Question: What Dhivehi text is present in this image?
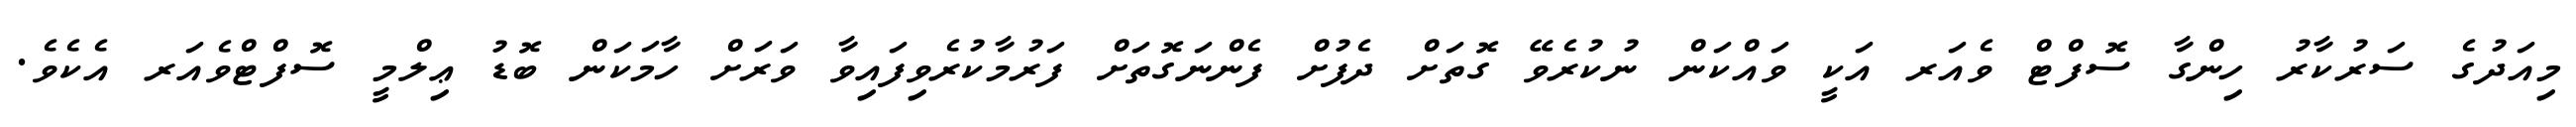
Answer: މިއަދުގެ ސަރުކާރު ހިންގާ ސޮފްޓް ވެއަރ އަކީ ވައްކަން ނުކުރެވޭ ގޮތަށް ދެފުށް ފެންނަގޮތަށް ފަރުމާކުރެވިފައިވާ ވަރަށް ހާމަކަން ބޮޑު ޢިލްމީ ސޮފްޓްވެއަރ އެކެވެ.